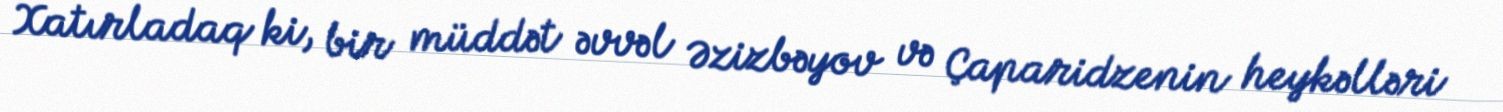
Xatırladaq ki, bir müddət əvvəl Əzizbəyov və Çaparidzenin heykəlləri